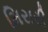
મિરારી